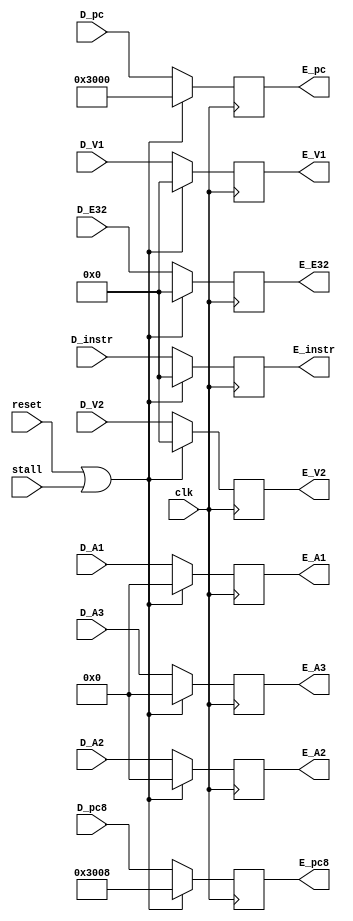
module E_Reg (
    //input
    input clk,
    input reset,
    input stall,
    input [31:0] D_instr,
    input [4:0] D_A1,
    input [4:0] D_A2,
    input [4:0] D_A3,
    input [31:0] D_V1,
    input [31:0] D_V2,
    input [31:0] D_pc,
    input [31:0] D_pc8,
    input [31:0] D_E32,
    //output
    output [31:0] E_instr,
    output [4:0] E_A1,
    output [4:0] E_A2,
    output [4:0] E_A3,
    output [31:0] E_V1,
    output [31:0] E_V2,
    output [31:0] E_E32,
    output [31:0] E_pc8,
    output [31:0] E_pc
);

    //temp
    reg [31:0] E_instr_reg,E_V1_reg,E_V2_reg,E_E32_reg,E_pc8_reg,E_pc_reg ;
    reg [4:0] E_A1_reg,E_A2_reg,E_A3_reg ;
    

    always @(posedge clk ) begin
        if (reset || stall) begin
            E_instr_reg <= 32'h0000_0000;
            E_V1_reg <= 32'h0000_0000;
            E_V2_reg <= 32'h0000_0000;
            E_E32_reg <= 32'h0000_0000;
            E_pc8_reg <= 32'h0000_3008;
            E_pc_reg <= 32'h0000_3000;
            E_A1_reg <= 5'b00000;
            E_A2_reg <= 5'b00000;
            E_A3_reg <= 5'b00000;
        end
        else begin
            E_instr_reg <= D_instr;
            E_V1_reg <= D_V1;
            E_V2_reg <= D_V2;
            E_E32_reg <= D_E32;
            E_pc8_reg <= D_pc8;
            E_pc_reg <= D_pc;
            E_A1_reg <= D_A1;
            E_A2_reg <= D_A2;
            E_A3_reg <= D_A3;
        end
    end

    assign E_instr = E_instr_reg;
    assign E_V1 = E_V1_reg;
    assign E_V2 = E_V2_reg;
    assign E_E32 = E_E32_reg;
    assign E_pc8 = E_pc8_reg;
    assign E_pc = E_pc_reg;
    assign E_A1 = E_A1_reg;
    assign E_A2 = E_A2_reg;
    assign E_A3 = E_A3_reg;

endmodule